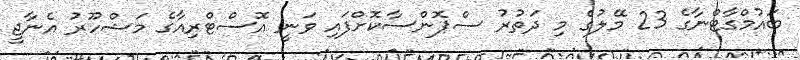
ބައުމްގާޓްނާގެ 23 މޭލުގެ މި ދަތުރު ސްޕޮންސާކޮށްފައި ވަނީ އޮސްޓްރިއާގެ މަޝްހޫރު އެނާޖީ